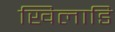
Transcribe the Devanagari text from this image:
खिलाडि